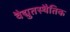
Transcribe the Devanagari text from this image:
वैद्युतस्थैतिक